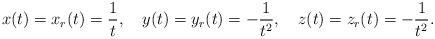
LaTeX: \begin{align*}x(t)=x_{r}(t)={1\over t},\quad y(t)=y_{r}(t)=-{1\over{t^2}},\quad z(t)=z_{r}(t)=-{1\over{t^2}}.\end{align*}